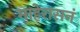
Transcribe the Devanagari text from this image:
माहेरासनं